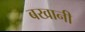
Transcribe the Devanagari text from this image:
बखानी